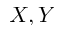
X , Y